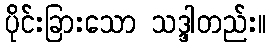
ပိုင်းခြားသော သဒ္ဒါတည်း။